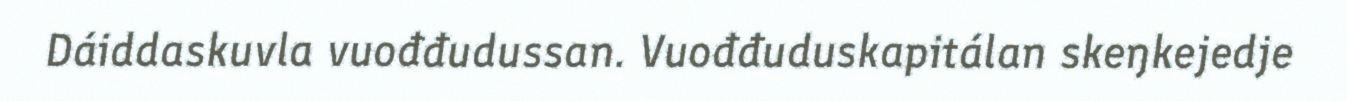
Dáiddaskuvla vuođđudussan. Vuođđuduskapitálan skeŋkejedje